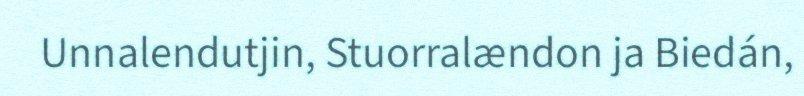
Unnalendutjin, Stuorralændon ja Biedán,